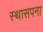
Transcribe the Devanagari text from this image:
स्थासपना